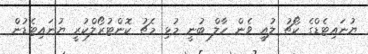
ޔުނައިޓެޑްގެ ކޯޗު ލުއީ ވެން ހާލް ބުނީ މުޅި މެޗު ކޮންޓުރޯލްކުރީ ޔުނައިޓެޑުން